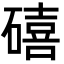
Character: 礂